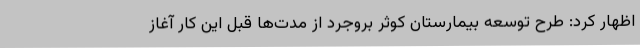
اظهار کرد: طرح توسعه بیمارستان کوثر بروجرد از مدت‌ها قبل این کار آغاز